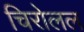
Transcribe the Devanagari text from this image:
चिरोलल